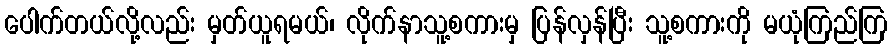
ပေါက်တယ်လို့လည်း မှတ်ယူရမယ်၊ လိုက်နာသူ့စကားမှ ပြန်လှန်ပြီး သူ့စကားကို မယုံကြည်ကြ